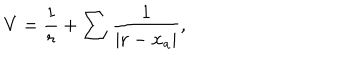
V = \frac { 1 } { r } + \sum { \frac { 1 } { | { \bf r } - \mathbf { x } _ { a } | } } ,